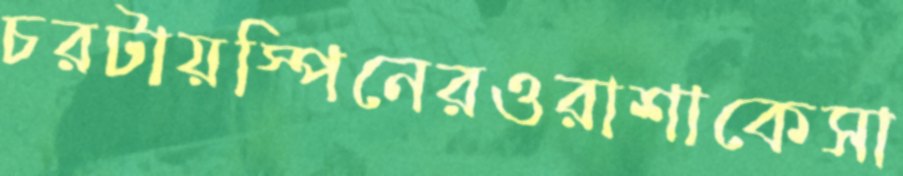
চরটায়স্পিনেরওরাশাকেসা